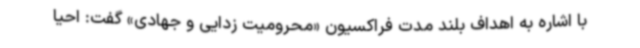
با اشاره به اهداف بلند مدت فراکسیون «محرومیت زدایی و جهادی» گفت: احیا